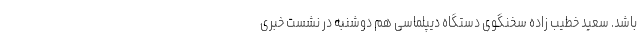
باشد. سعید خطیب زاده سخنگوی دستگاه دیپلماسی هم دوشنبه در نشست خبری